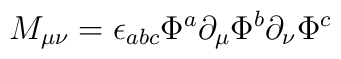
M_{\mu\nu} = \epsilon_{abc}\Phi^a\partial_{\mu}\Phi^b\partial_{\nu}\Phi^c